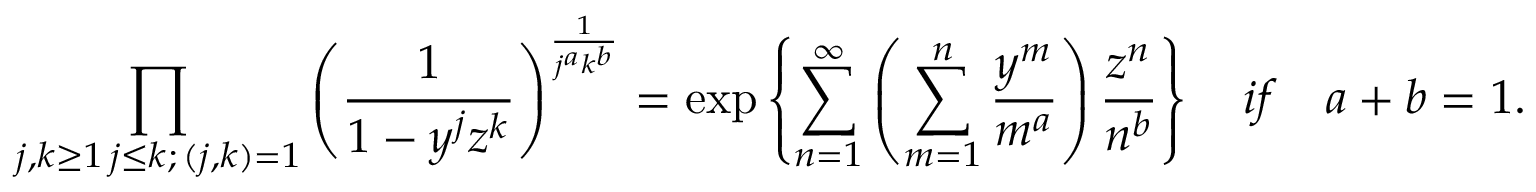
\prod _ { \substack { j , k \geq 1 \, j \leq k ; \, ( j , k ) = 1 } } \left( \frac { 1 } { 1 - y ^ { j } z ^ { k } } \right) ^ { \frac { 1 } { j ^ { a } k ^ { b } } } = \exp \left\{ \sum _ { n = 1 } ^ { \infty } \left( \sum _ { m = 1 } ^ { n } \frac { y ^ { m } } { m ^ { a } } \right) \frac { z ^ { n } } { n ^ { b } } \right\} \quad i f \quad a + b = 1 .